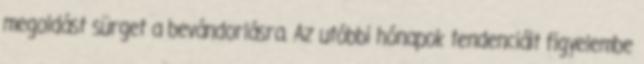
megoldást sürget a bevándorlásra. Az utóbbi hónapok tendenciáit figyelembe